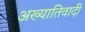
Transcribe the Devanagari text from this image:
अख्यातिवादी